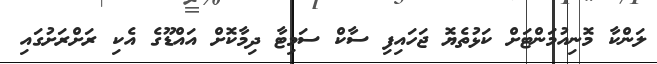
ލަންކާ މޮނިއުމަންޓަށް ކަޅުތެޔޮ ޖަހައިފި ސާކް ސަމިޓާ ދިމާކޮށް އައްޑޫގެ އެކި ރަށްރަށުގައި